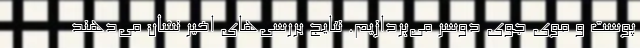
پوست و موی جوی دوسر می‌پردازیم. نتایج بررسی‌های اخیر نشان می‌دهند